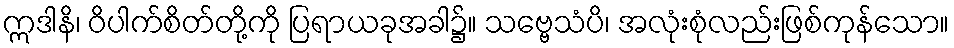
ဣဒါနိ၊ ဝိပါက်စိတ်တို့ကို ပြရာယခုအခါ၌။ သဗ္ဗေသံပိ၊ အလုံးစုံလည်းဖြစ်ကုန်သော။